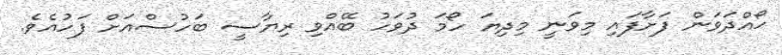
ހޯއްދަވަން ފަށާފައި މިވަނީ މިދިޔަ ހޯމަ ދުވަހު ބޭއްވި ރިޔާސީ ބަހުސްއަށް ފަހުއެވެ.